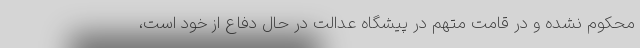
محکوم نشده و در قامت متهم در پیشگاه عدالت در حال دفاع از خود است،